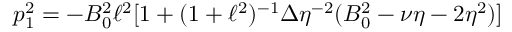
p _ { 1 } ^ { 2 } = - B _ { 0 } ^ { 2 } \ell ^ { 2 } [ 1 + ( 1 + \ell ^ { 2 } ) ^ { - 1 } \Delta \eta ^ { - 2 } ( B _ { 0 } ^ { 2 } - \nu \eta - 2 \eta ^ { 2 } ) ]